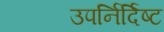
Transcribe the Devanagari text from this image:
उपर्निर्दिष्ट